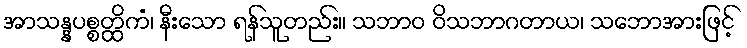
အာသန္နပစ္စတ္ထိကံ၊ နီးသော ရန်သူတည်း။ သဘာဝ ဝိသဘာဂတာယ၊ သဘောအားဖြင့်